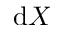
\mathrm { d } X